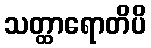
သတ္ထာရောတိပိ